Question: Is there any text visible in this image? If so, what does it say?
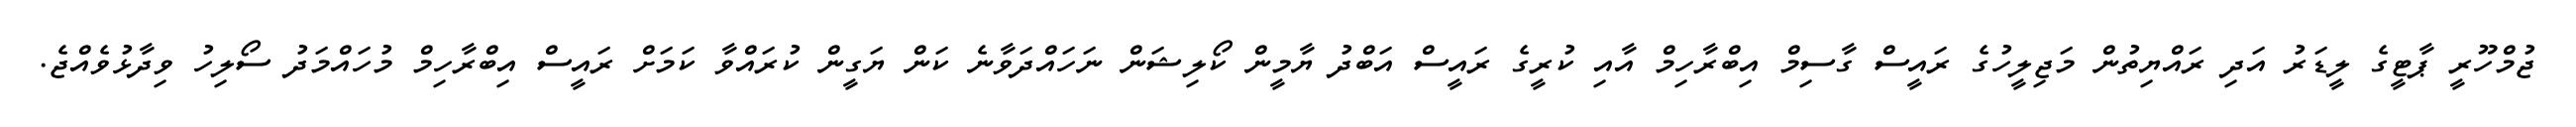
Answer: ޖުމްހޫރީ ޕާޓީގެ ލީޑަރު އަދި ރައްޔިތުން މަޖިލީހުގެ ރައީސް ގާސިމް އިބްރާހިމް އާއި ކުރީގެ ރައީސް އަބްދު ޔާމީން ކޯލިޝަން ނަހައްދަވާނެ ކަން ޔަގީން ކުރައްވާ ކަމަށް ރައީސް އިބްރާހިމް މުހައްމަދު ސޯލިހު ވިދާޅުވެއްޖެ.